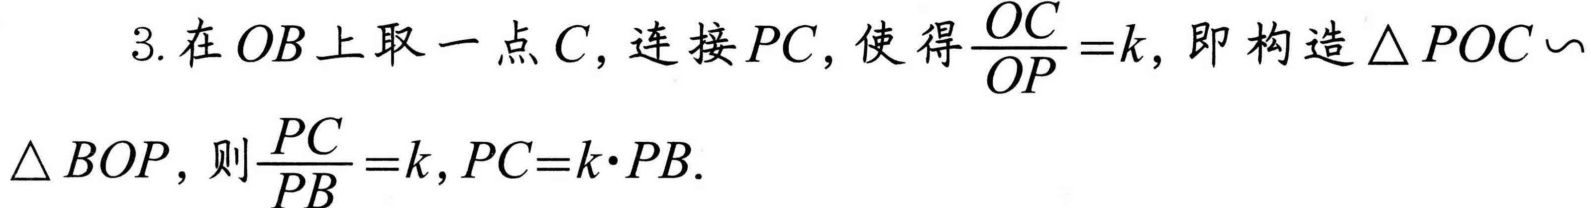
3. 在\(OB\)上取一点\(C\)，连接\(PC\)，使得\(\dfrac{OC}{OP}=k\)，即构造\(\triangle POC\backsim\)
\(\triangle BOP\)，则\(\dfrac{PC}{PB}=k,PC = k\cdot PB\).